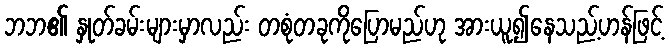
ဘဘ၏ နှုတ်ခမ်းများမှာလည်း တစုံတခုကိုပြောမည်ဟု အားယူ၍နေသည့်ဟန်ဖြင့်